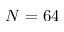
N = 6 4